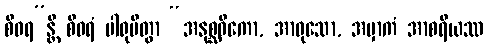
စီဝရ”န္တိ စီဝရံ ပါရုပိတွာ “အနုစ္ဆဝိကော, အာဝုသော, အမှာကံ အာစရိယဿ